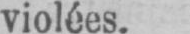
violées.